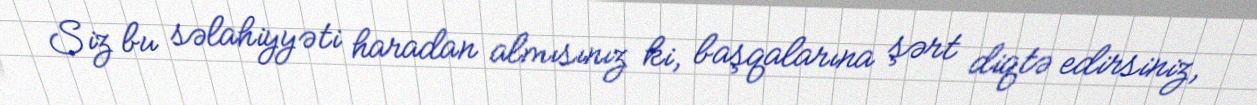
Siz bu səlahiyyəti haradan almısınız ki, başqalarına şərt diqtə edirsiniz,